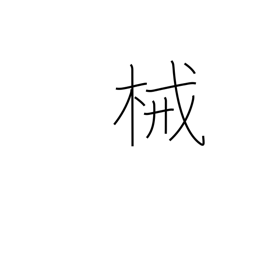
Meaning: instrument